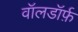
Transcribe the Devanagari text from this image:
वॉलडॉर्फ़